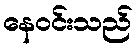
နေဝင်းသည်